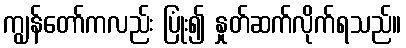
ကျွန်တော်ကလည်း ပြုံး၍ နှုတ်ဆက်လိုက်ရသည်။